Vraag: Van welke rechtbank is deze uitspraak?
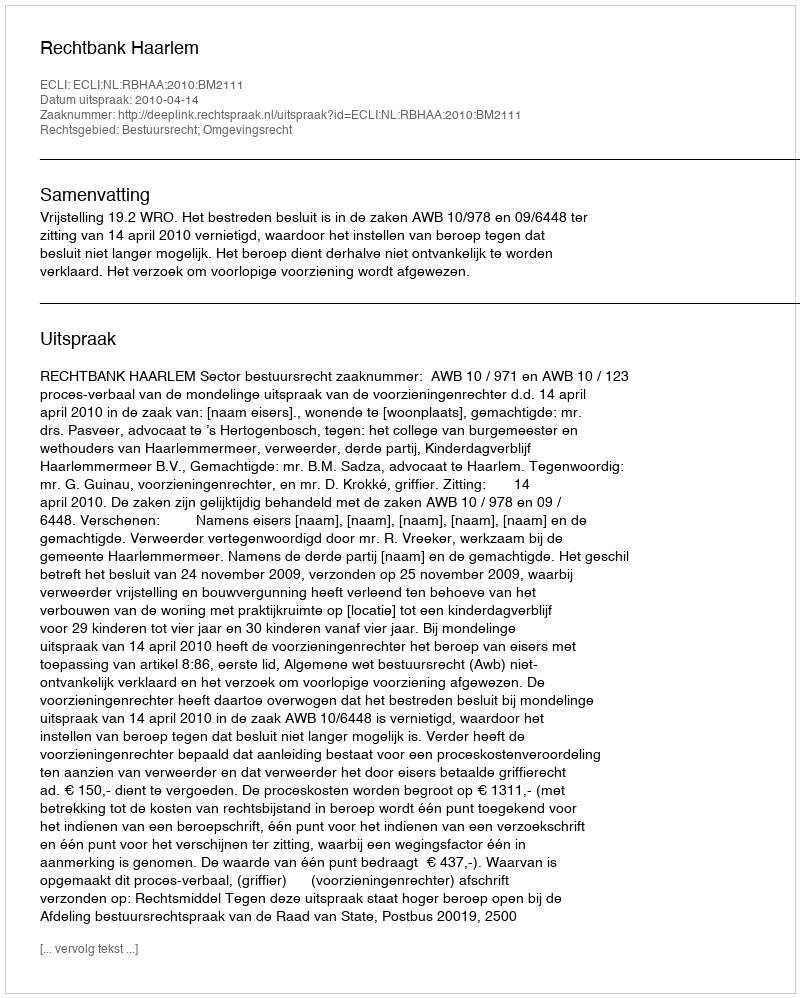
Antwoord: Rechtbank Haarlem